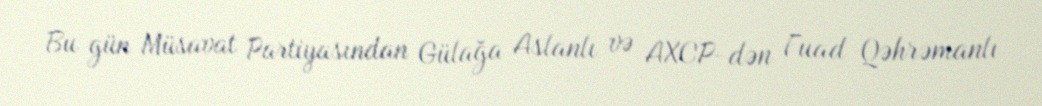
Bu gün Müsavat Partiyasından Gülağa Aslanlı və AXCP-dən Fuad Qəhrəmanlı